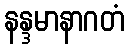
နန္ဒမာနာဂတံ